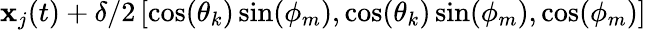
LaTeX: \mathbf{x}_{j}(t)+\delta/2\left[\cos(\theta_{k})\sin(\phi_{m}),\cos(\theta_{k})\sin(\phi_{m}),\cos(\phi_{m})\right]